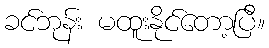
ခင်ဘုန်း မထူးနိုင်တော့ပြီ။